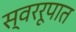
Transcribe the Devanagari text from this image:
स्वररूपात